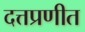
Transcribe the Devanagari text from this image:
दत्तप्रणीत